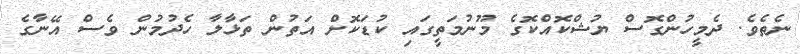
ނެތެެވެ. ދެމީހުންގޮސް ޔުޝްކޮއްކޮގެ މޫނުމަތީގައި ކުޑަކޮށް އަތުން ތަޅާލާ ހެދުމުން ވެސް އޭނާގެ